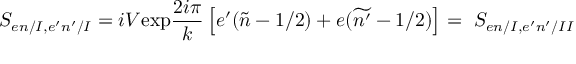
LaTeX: S _ { e n / I , e ^ { \prime } n ^ { \prime } / I } = i V \mathrm { e x p } \frac { 2 i \pi } { k } \left[ e ^ { \prime } ( \widetilde { n } - 1 / 2 ) + e ( \widetilde { n ^ { \prime } } - 1 / 2 ) \right] = \ S _ { e n / I , e ^ { \prime } n ^ { \prime } / I I }